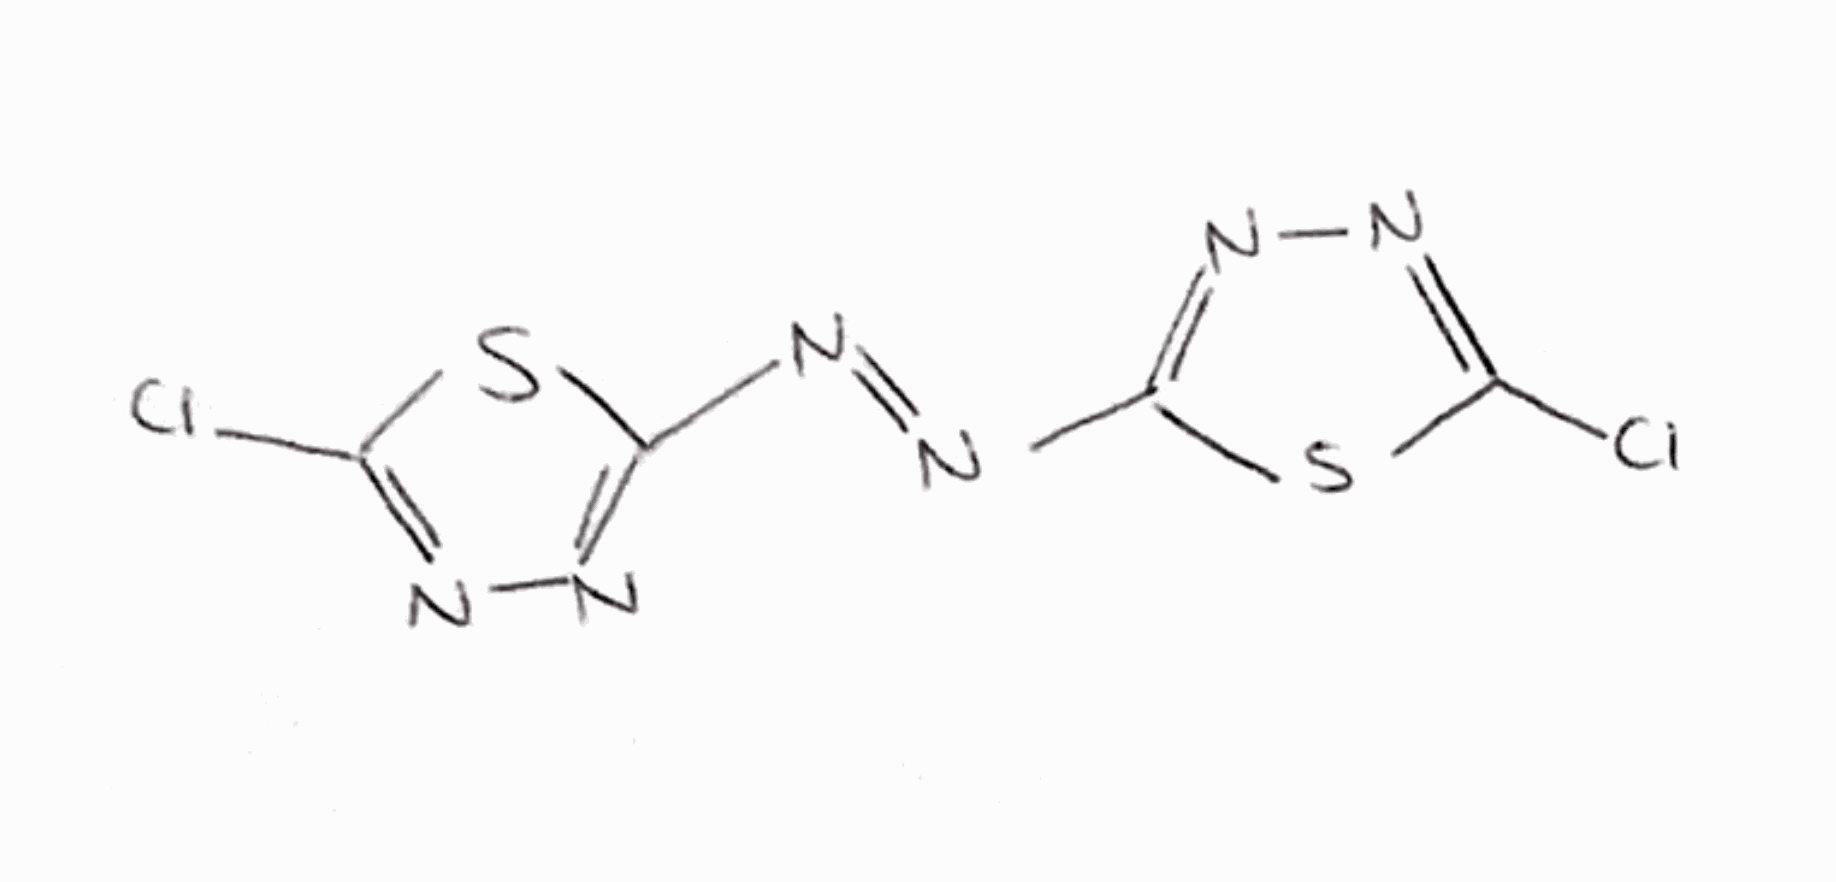
Simplified molecular-input line-entry system (SMILES) notation of the given molecule:
C1(=NN=C(S1)Cl)/N=N/C2=NN=C(S2)Cl